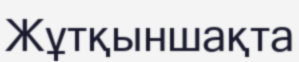
Жұтқыншақта